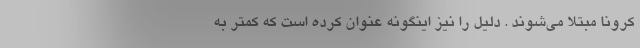
کرونا مبتلا می‌شوند . دلیل را نیز اینگونه عنوان کرده است که کمتر به